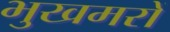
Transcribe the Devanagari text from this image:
भुखमरों